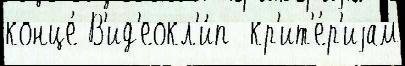
конце́ В'ид'еокл'и́п  кр'ит'е́р'иjам